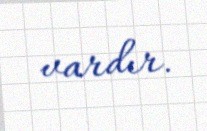
vardır.